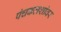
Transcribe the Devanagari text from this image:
पंचकलशांवर